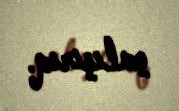
çalışırıq.